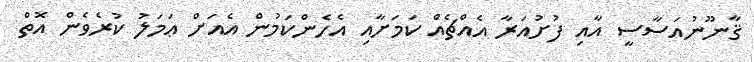
ޤާނޫނުއަސާސީ އާއި ފުށުއަރާ އެއްޗެއް ކަމަށާއި އެހެންކަމުން އެއަށް ޢަމަލު ކުރެވެން އޮތް